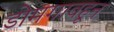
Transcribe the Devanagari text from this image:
डोमगावहून